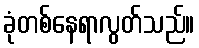
ခုံတစ်နေရာလွတ်သည်။